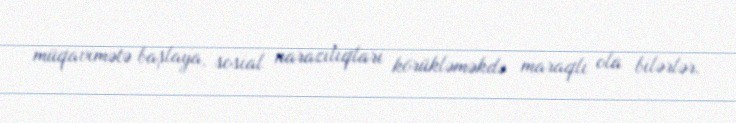
müqavimətə başlaya, sosial narazılıqları körükləməkdə maraqlı ola bilərlər.